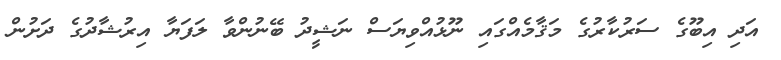
އަދި އިބޫގެ ސަރުކާރުގެ މަޤާމެއްގައި ނޫޅުއްވިޔަސް ނަޝީދު ބޭނުންވާ ލަފަޔާ އިރުޝާދުގެ ދަށުން